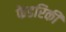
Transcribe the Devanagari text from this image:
फेडरिकी